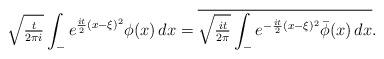
LaTeX: \begin{align*}\sqrt{\tfrac{t}{2\pi i}}\int_- e^{\frac{it}{2}(x-\xi)^2}\phi(x)\,dx = \overline{\sqrt{\tfrac{it}{2\pi}}\int_- e^{-\frac{it}{2}(x-\xi)^2}\bar\phi(x)\,dx}.\end{align*}